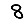
Digit: 8